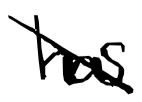
Text: has
Cross-out: diagonal
Writing tool: digital_black